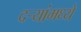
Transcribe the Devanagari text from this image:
दर्‍यांमध्ये